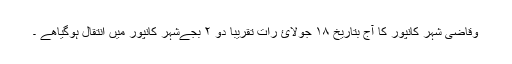
وقاضی شہر کانپور کا آج بتاریخ ۱۸ جولائ رات تقریبا دو ۲ بجےشہر کانپور میں انتقال ہوگیاھے ۔